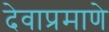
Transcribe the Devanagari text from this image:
देवाप्रमाणे